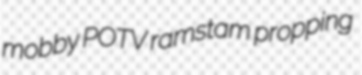
mobby POTV ramstam propping